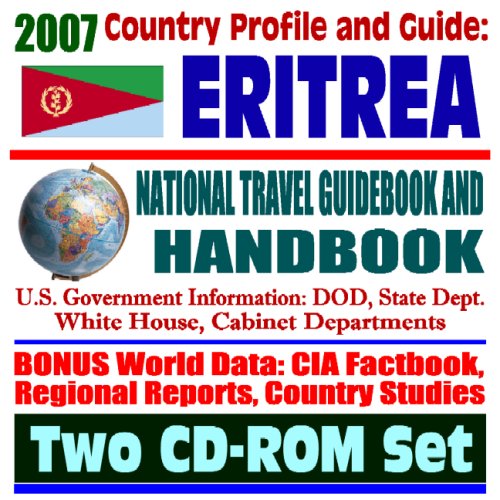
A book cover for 2007 Country Profile and Guide to Eritrea - National Travel Guidebook and Handbook - Ethiopia and Eritrea, Reconciliation, USAID and Food Aid, Agriculture, Energy (Two CD-ROM Set); U.S. Government; Travel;